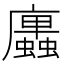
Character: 𢌆